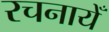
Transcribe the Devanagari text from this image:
रचनायेँ